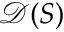
{ \mathcal { D } } ( S )